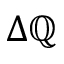
\Delta \mathbb { Q }